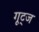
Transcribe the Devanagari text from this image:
गूट्ज